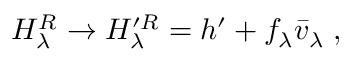
H _ { \lambda } ^ { R } \rightarrow H _ { \lambda } ^ { \prime R } = h ^ { \prime } + f _ { \lambda } { \bar { v } } _ { \lambda } \; ,